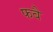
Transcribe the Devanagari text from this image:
फबै